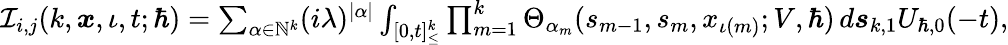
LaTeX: \begin{array}{r}{\mathcal{I}_{i,j}(k,\boldsymbol{x},\iota,t;\hbar)=\sum_{\alpha\in\mathbb{N}^{k}}(i\lambda)^{|\alpha|}\int_{[0,t]_{\leq}^{k}}\prod_{m=1}^{k}\Theta_{\alpha_{m}}(s_{m-1},{s}_{m},x_{\iota(m)};V,\hbar)\, d\boldsymbol{s}_{k,1}U_{\hbar,0}(-t),}\end{array}